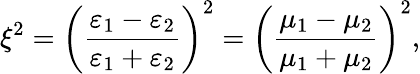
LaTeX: \xi^{2}=\left(\frac{\varepsilon_{1}-\varepsilon_{2}}{\varepsilon_{1}+\varepsilon_{2}}\right)^{2}=\left(\frac{\mu_{1}-\mu_{2}}{\mu_{1}+\mu_{2}}\right)^{2},